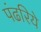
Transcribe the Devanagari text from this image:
पंढरिये